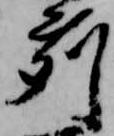
苅